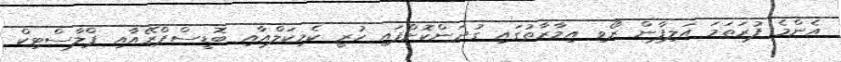
އެންމެ ފުރަތަމަ އަލިފާން ރޯވި އިމާރާތުގައި ގުދަންކޮށްފައި ހުރީ ކެމިކަލްއާއި ބޮޑީސްޕްރޭއާއި ޕްލާސްޓިކް